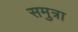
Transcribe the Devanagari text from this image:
समुत्रा